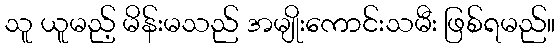
သူ ယူမည့် မိန်းမသည် အမျိုးကောင်းသမီး ဖြစ်ရမည်။